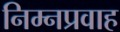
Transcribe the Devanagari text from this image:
निम्नप्रवाह